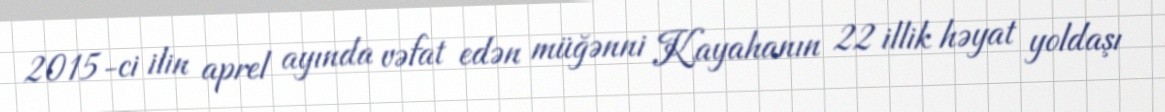
2015-ci ilin aprel ayında vəfat edən müğənni Kayahanın 22 illik həyat yoldaşı